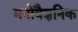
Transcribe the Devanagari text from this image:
मनोवैज्ञनिक